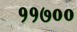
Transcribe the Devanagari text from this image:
११७००